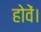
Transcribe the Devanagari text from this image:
होवें।